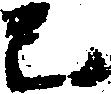
巳